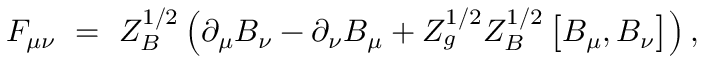
F _ { \mu \nu } \ = \ Z _ { B } ^ { 1 / 2 } \left( \partial _ { \mu } B _ { \nu } - \partial _ { \nu } B _ { \mu } + Z _ { g } ^ { 1 / 2 } Z _ { B } ^ { 1 / 2 } \left[ B _ { \mu } , B _ { \nu } \right] \right) ,